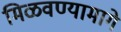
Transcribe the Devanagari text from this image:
मिळवण्यामागे